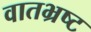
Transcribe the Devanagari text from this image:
वातभ्रष्ट